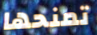
تمنحها